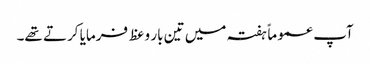
آپ عموماًہفتہ میں تین بار وعظ فرمایا کرتے تھے۔